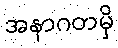
အနာဂတမှိ